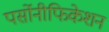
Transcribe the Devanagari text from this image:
पर्सोनीफिकेशन